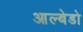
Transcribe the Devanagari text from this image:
आल्बेडो